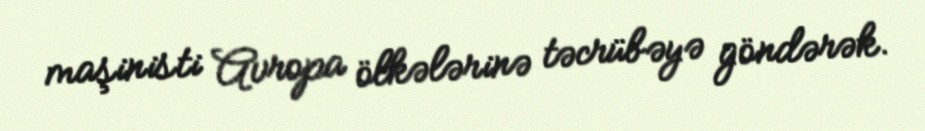
maşinisti Avropa ölkələrinə təcrübəyə göndərək.